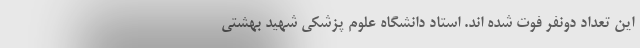
این تعداد دونفر فوت شده اند. استاد دانشگاه علوم پزشکی شهید بهشتی